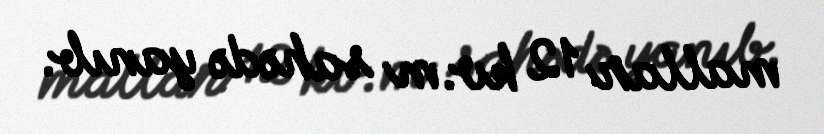
mallar 12 kv.m sahədə yanıb.